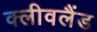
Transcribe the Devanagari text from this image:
क्‍लीवलैंड